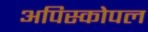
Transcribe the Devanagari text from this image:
अपिस्कोपल